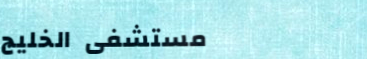
مستشفى الخليج